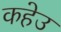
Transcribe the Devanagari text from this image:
कहेउ